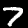
Label: 7